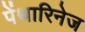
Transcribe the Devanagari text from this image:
पेंथारिनेज